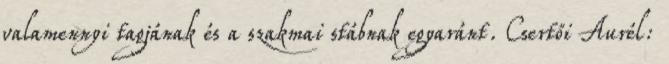
valamennyi tagjának és a szakmai stábnak egyaránt. Csertői Aurél: